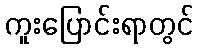
ကူးပြောင်းရာတွင်